65_HS1-834228961_62-HQ-83894_Section_8
Agency: FBI
Page 102
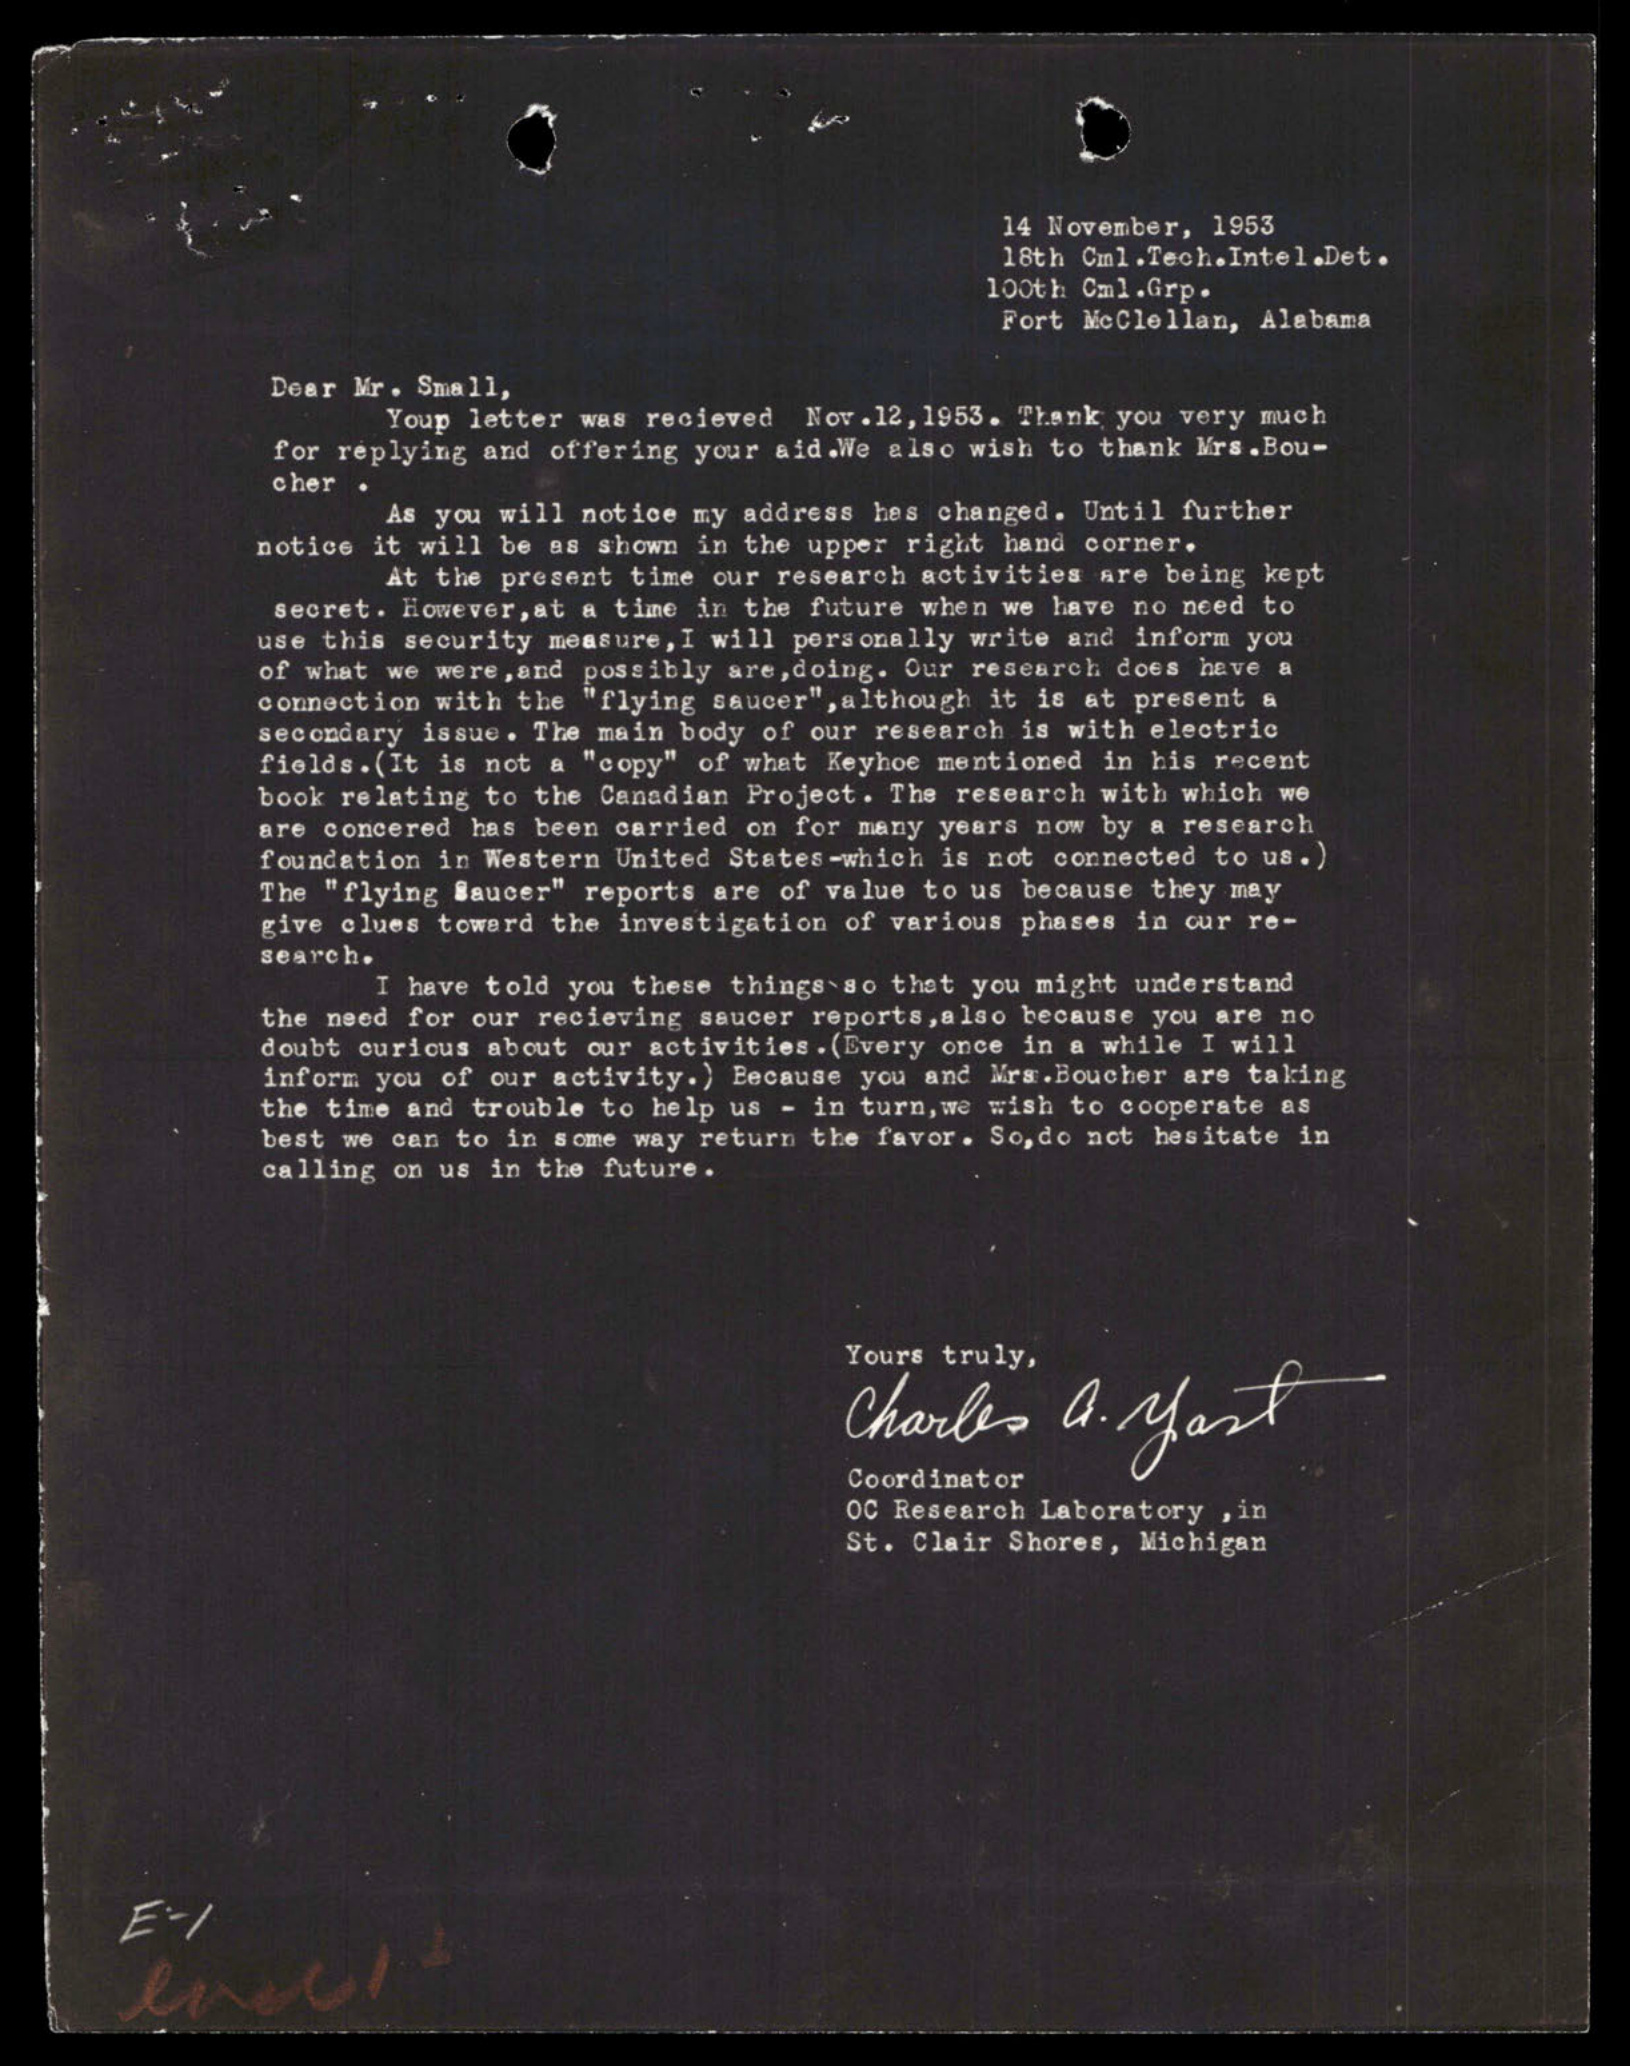